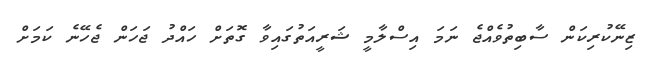
ޒިނޭކުރިކަން ސާބިތުވެއްޖެ ނަމަ އިސްލާމީ ޝަރީއަތުގައިވާ ގޮތަށް ހައްދު ޖަހަން ޖެހޭނެ ކަމަށް